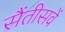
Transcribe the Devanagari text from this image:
सैंतीसवें